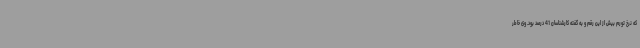
که نرخ تورم بیش از این رقم و به گفته کارشناسان 41 درصد بود. وی خاطر